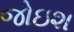
જોઇશ